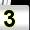
Digit: 3